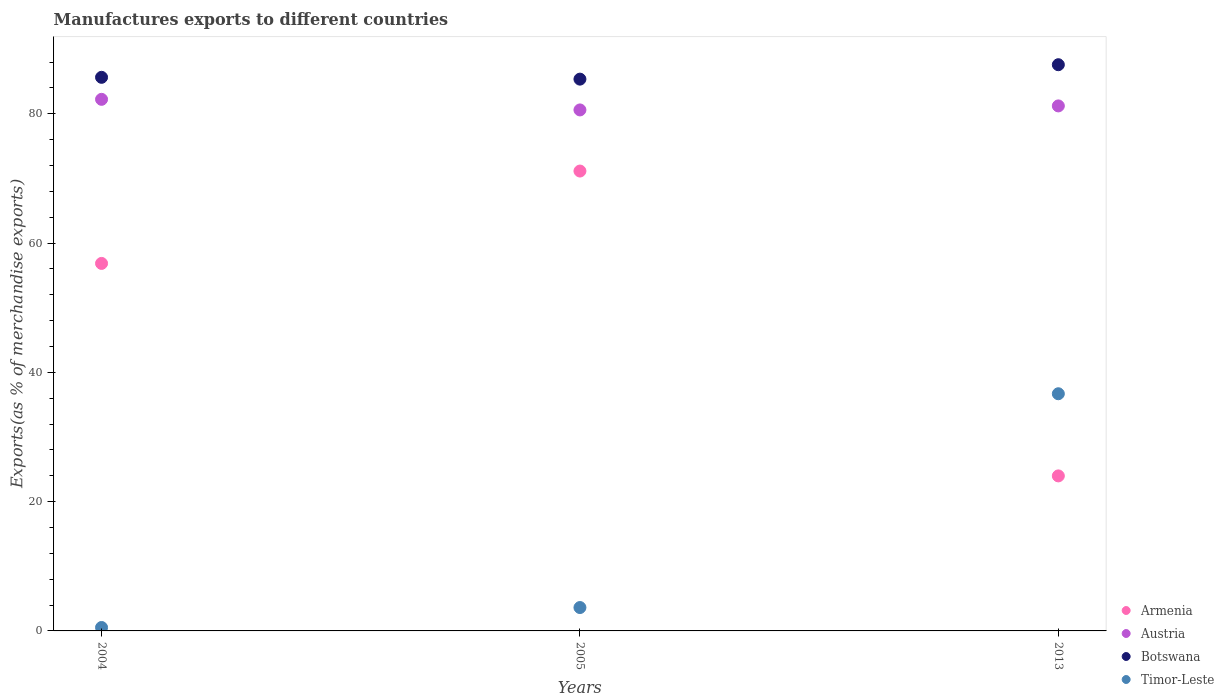
| Years | Armenia | Austria | Botswana | Timor-Leste |
 | --- | --- | --- | --- | --- |
 | 2004 | 56.8 | 82.2 | 85.6 | 0.531 |
 | 2005 | 71.1 | 80.6 | 85.3 | 3.62 |
 | 2013 | 24 | 81.2 | 87.6 | 36.7 |